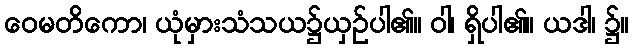
ဝေမတိကော၊ ယုံမှားသံသယ၌ယှဉ်ပါ၏။ ဝါ၊ ရှိပါ၏။ ယဒါ၊ ၌။